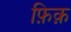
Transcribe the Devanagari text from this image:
फ़िक़